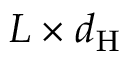
L \times d _ { \mathrm { H } }